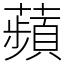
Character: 蘋